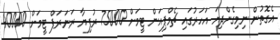
އެގޮތުން ނިމިގެންދިޔަ އަހަރުގައި ޗެމްޕިއަން ޓީމަށް 75000 ރުފިޔާ ރަނަރަޕް ޓީމަށް 40000